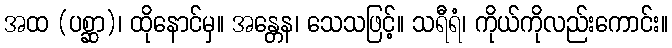
အထ (ပစ္ဆာ)၊ ထိုနောင်မှ။ အန္တေန၊ သေသဖြင့်။ သရီရံ၊ ကိုယ်ကိုလည်းကောင်း။